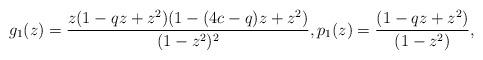
LaTeX: \begin{align*}g_1(z)= \frac{z(1-qz+z^2)(1-(4c-q)z+z^2)}{(1-z^2)^2}, p_1(z)= \frac{(1-qz+z^2)}{(1-z^2)},\end{align*}